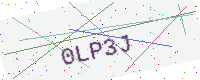
Text: 0LP3J